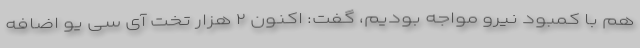
هم با کمبود نیرو مواجه بودیم، گفت: اکنون ۲ هزار تخت آی سی یو اضافه